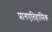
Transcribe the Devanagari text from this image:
प्रागएतिहासिक